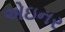
એઇનર